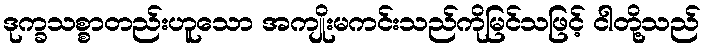
ဒုက္ခသစ္စာတည်းဟူသော အကျိုးမကင်းသည်ကိုမြင်သဖြင့် ငါတို့သည်